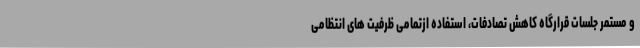
و مستمر جلسات قرارگاه کاهش تصادفات، استفاده ازتمامی ظرفیت های انتظامی